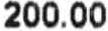
200.00